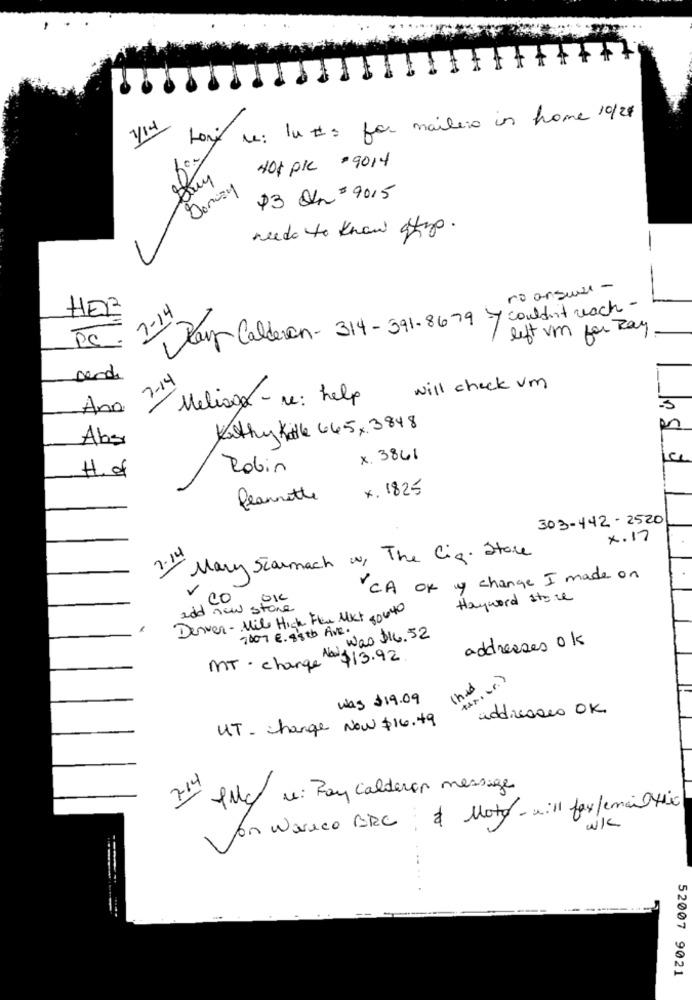
for re: In : for mailer in home 10/24
1/14
80º
401 pc =9014
Stuy
Denizy
$3 On 3 9015
needs to Know oftyp .
-
no answal -
HER
7-14
Pay Calderon-314-391-8679 7 couldn't wach-
left vm for Ray
PC.
7-14
will check um
Meliago - re: help
Ana.
-5
Kathy Kalle 645, 3848
Abs
x. 3861
H. of
Robin
x. 1825
flannette
303-442-2520
x.17
Mary Scarmach w, The Cig. Store
7.14
CA of y change I made on
CO
Hayward store
Denver - Mile High Flex Mkt auto
add new store
7007 € . 88tb five .
Na, Was $16. 52
addresses ok
MT . change $ 13.92
1hed
was $19.09
addresses OK
UT- change Now $16.49
714
11c/ c: Pay calderon message
or wareco BRC & Moto - .: 11 fax/email this
w/
----
52007 9021